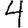
Digit: 4